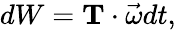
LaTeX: dW=\mathbf{T}\cdot{\vec{\omega}}dt,